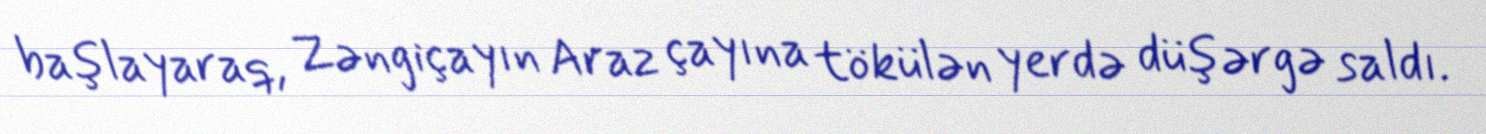
başlayaraq, Zəngiçayın Araz çayına tökülən yerdə düşərgə saldı.